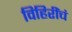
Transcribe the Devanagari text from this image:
विहिरींचं